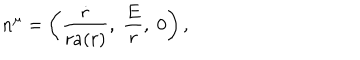
LaTeX: n ^ { \mu } = \left( \frac { \dot { r } } { r a ( r ) } , \; \frac { E } { r } , \; 0 \right) ,